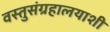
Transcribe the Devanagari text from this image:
वस्तुसंग्रहालयाशी